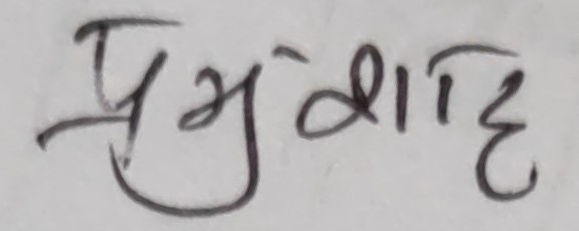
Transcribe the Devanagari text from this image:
प्रभु शाहि